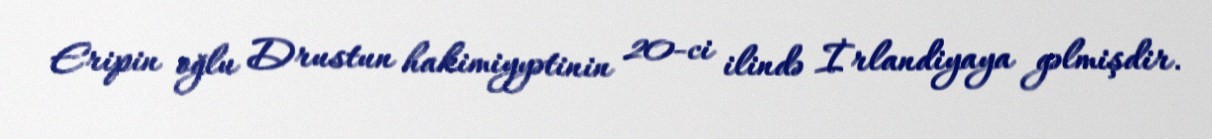
Eripin oğlu Drustun hakimiyyətinin 20-ci ilində İrlandiyaya gəlmişdir.